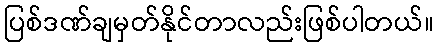
ပြစ်ဒဏ်ချမှတ်နိုင်တာလည်းဖြစ်ပါတယ်။